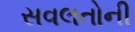
સવલતોની